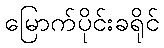
မြောက်ပိုင်းခရိုင်